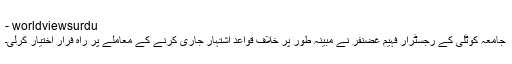
- worldviewsurdu
جامعہ کوٹلی کے رجسٹرار فہیم غضنفر نے مبینہ طور پر خلاف قواعد اشتہار جاری کرنے کے معاملے پر راہ فرار اختیار کرلی۔